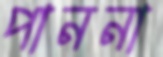
পাননা